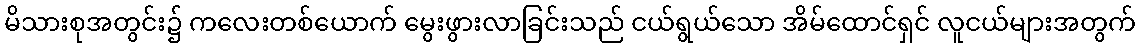
မိသားစုအတွင်း၌ ကလေးတစ်ယောက် မွေးဖွားလာခြင်းသည် ငယ်ရွယ်သော အိမ်ထောင်ရှင် လူငယ်များအတွက်